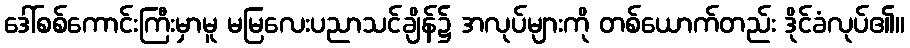
ဒေါ်စစ်ကောင်းကြီးမှာမူ မမြလေးပညာသင်ချိန်၌ အလုပ်များကို တစ်ယောက်တည်း ဒိုင်ခံလုပ်၏။